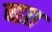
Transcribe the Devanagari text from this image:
ब्ह्राा